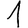
Digit: 1